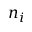
n _ { i }